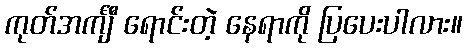
ကုတ်အင်္ကျီ ရောင်းတဲ့ နေရာကို ပြပေးပါလား။